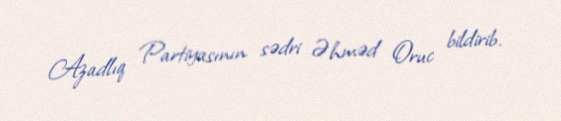
Azadlıq Partiyasının sədri Əhməd Oruc bildirib.